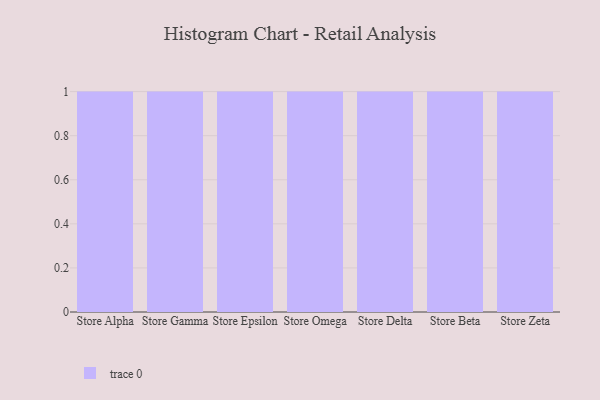
{"axis": {"x": "Store", "y": "Operating Costs (USD K)"}, "legend": [""], "data": [{"x": "Store Alpha", "y": 1, "type": ""}, {"x": "Store Gamma", "y": 78, "type": ""}, {"x": "Store Epsilon", "y": 37, "type": ""}, {"x": "Store Omega", "y": 68, "type": ""}, {"x": "Store Delta", "y": 43, "type": ""}, {"x": "Store Beta", "y": 94, "type": ""}, {"x": "Store Zeta", "y": 94, "type": ""}]}